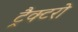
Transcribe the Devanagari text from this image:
ट्रैक्टरो